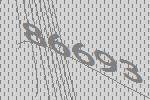
86693